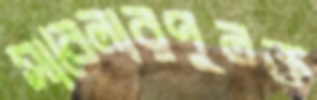
সাবেলারপুলক